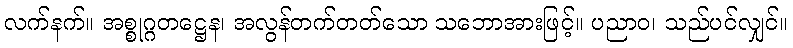
လက်နက်။ အစ္စုဂ္ဂတဋ္ဌေန၊ အလွန်တက်တတ်သော သဘောအားဖြင့်။ ပညာဝ၊ သည်ပင်လျှင်။